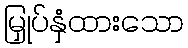
မြှုပ်နှံထားသော